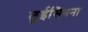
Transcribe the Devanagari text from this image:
लुईसियना